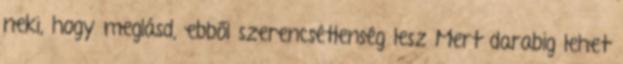
neki, hogy meglásd, ebből szerencsétlenség lesz Mert darabig lehet